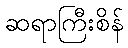
ဆရာကြီးစိန်